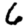
Digit: 6